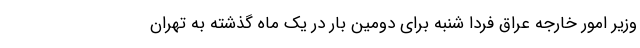
وزیر امور خارجه عراق فردا شنبه برای دومین بار در یک ماه گذشته به تهران